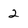
Character: 2